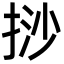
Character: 挱